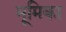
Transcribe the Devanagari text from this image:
मूमिका